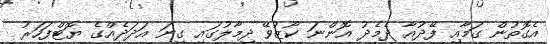
އެގޮތުން ގަމާއި ފޭދުއާ ދެމެދު އޮންނަ ކޯޒުވޭ ދިމާލުގައި ގިނަ އަދަދެއްގެ ޔޮޓްފަހަރު